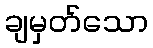
ချမှတ်သော